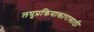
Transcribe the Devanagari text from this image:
लघुप्रक्रियाकारासाठी